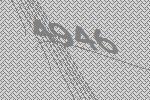
4946